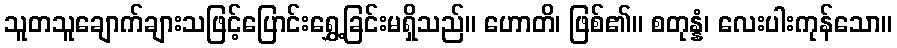
သူတသူချောက်ချားသဖြင့်ပြောင်းရွှေ့ခြင်းမရှိသည်။ ဟောတိ၊ ဖြစ်၏။ စတုန္နံ၊ လေးပါးကုန်သော။